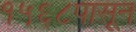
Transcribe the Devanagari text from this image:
१५६८पासून